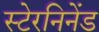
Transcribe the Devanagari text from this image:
स्टेरनिनेंड